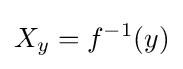
X_{y}=f^{-1}(y)